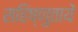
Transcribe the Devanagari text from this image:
सहिष्णुतायें